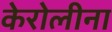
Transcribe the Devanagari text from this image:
केरोलीना